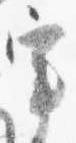
宰